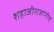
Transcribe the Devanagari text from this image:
शहाजीराजांनीच